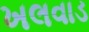
ખલવાડ